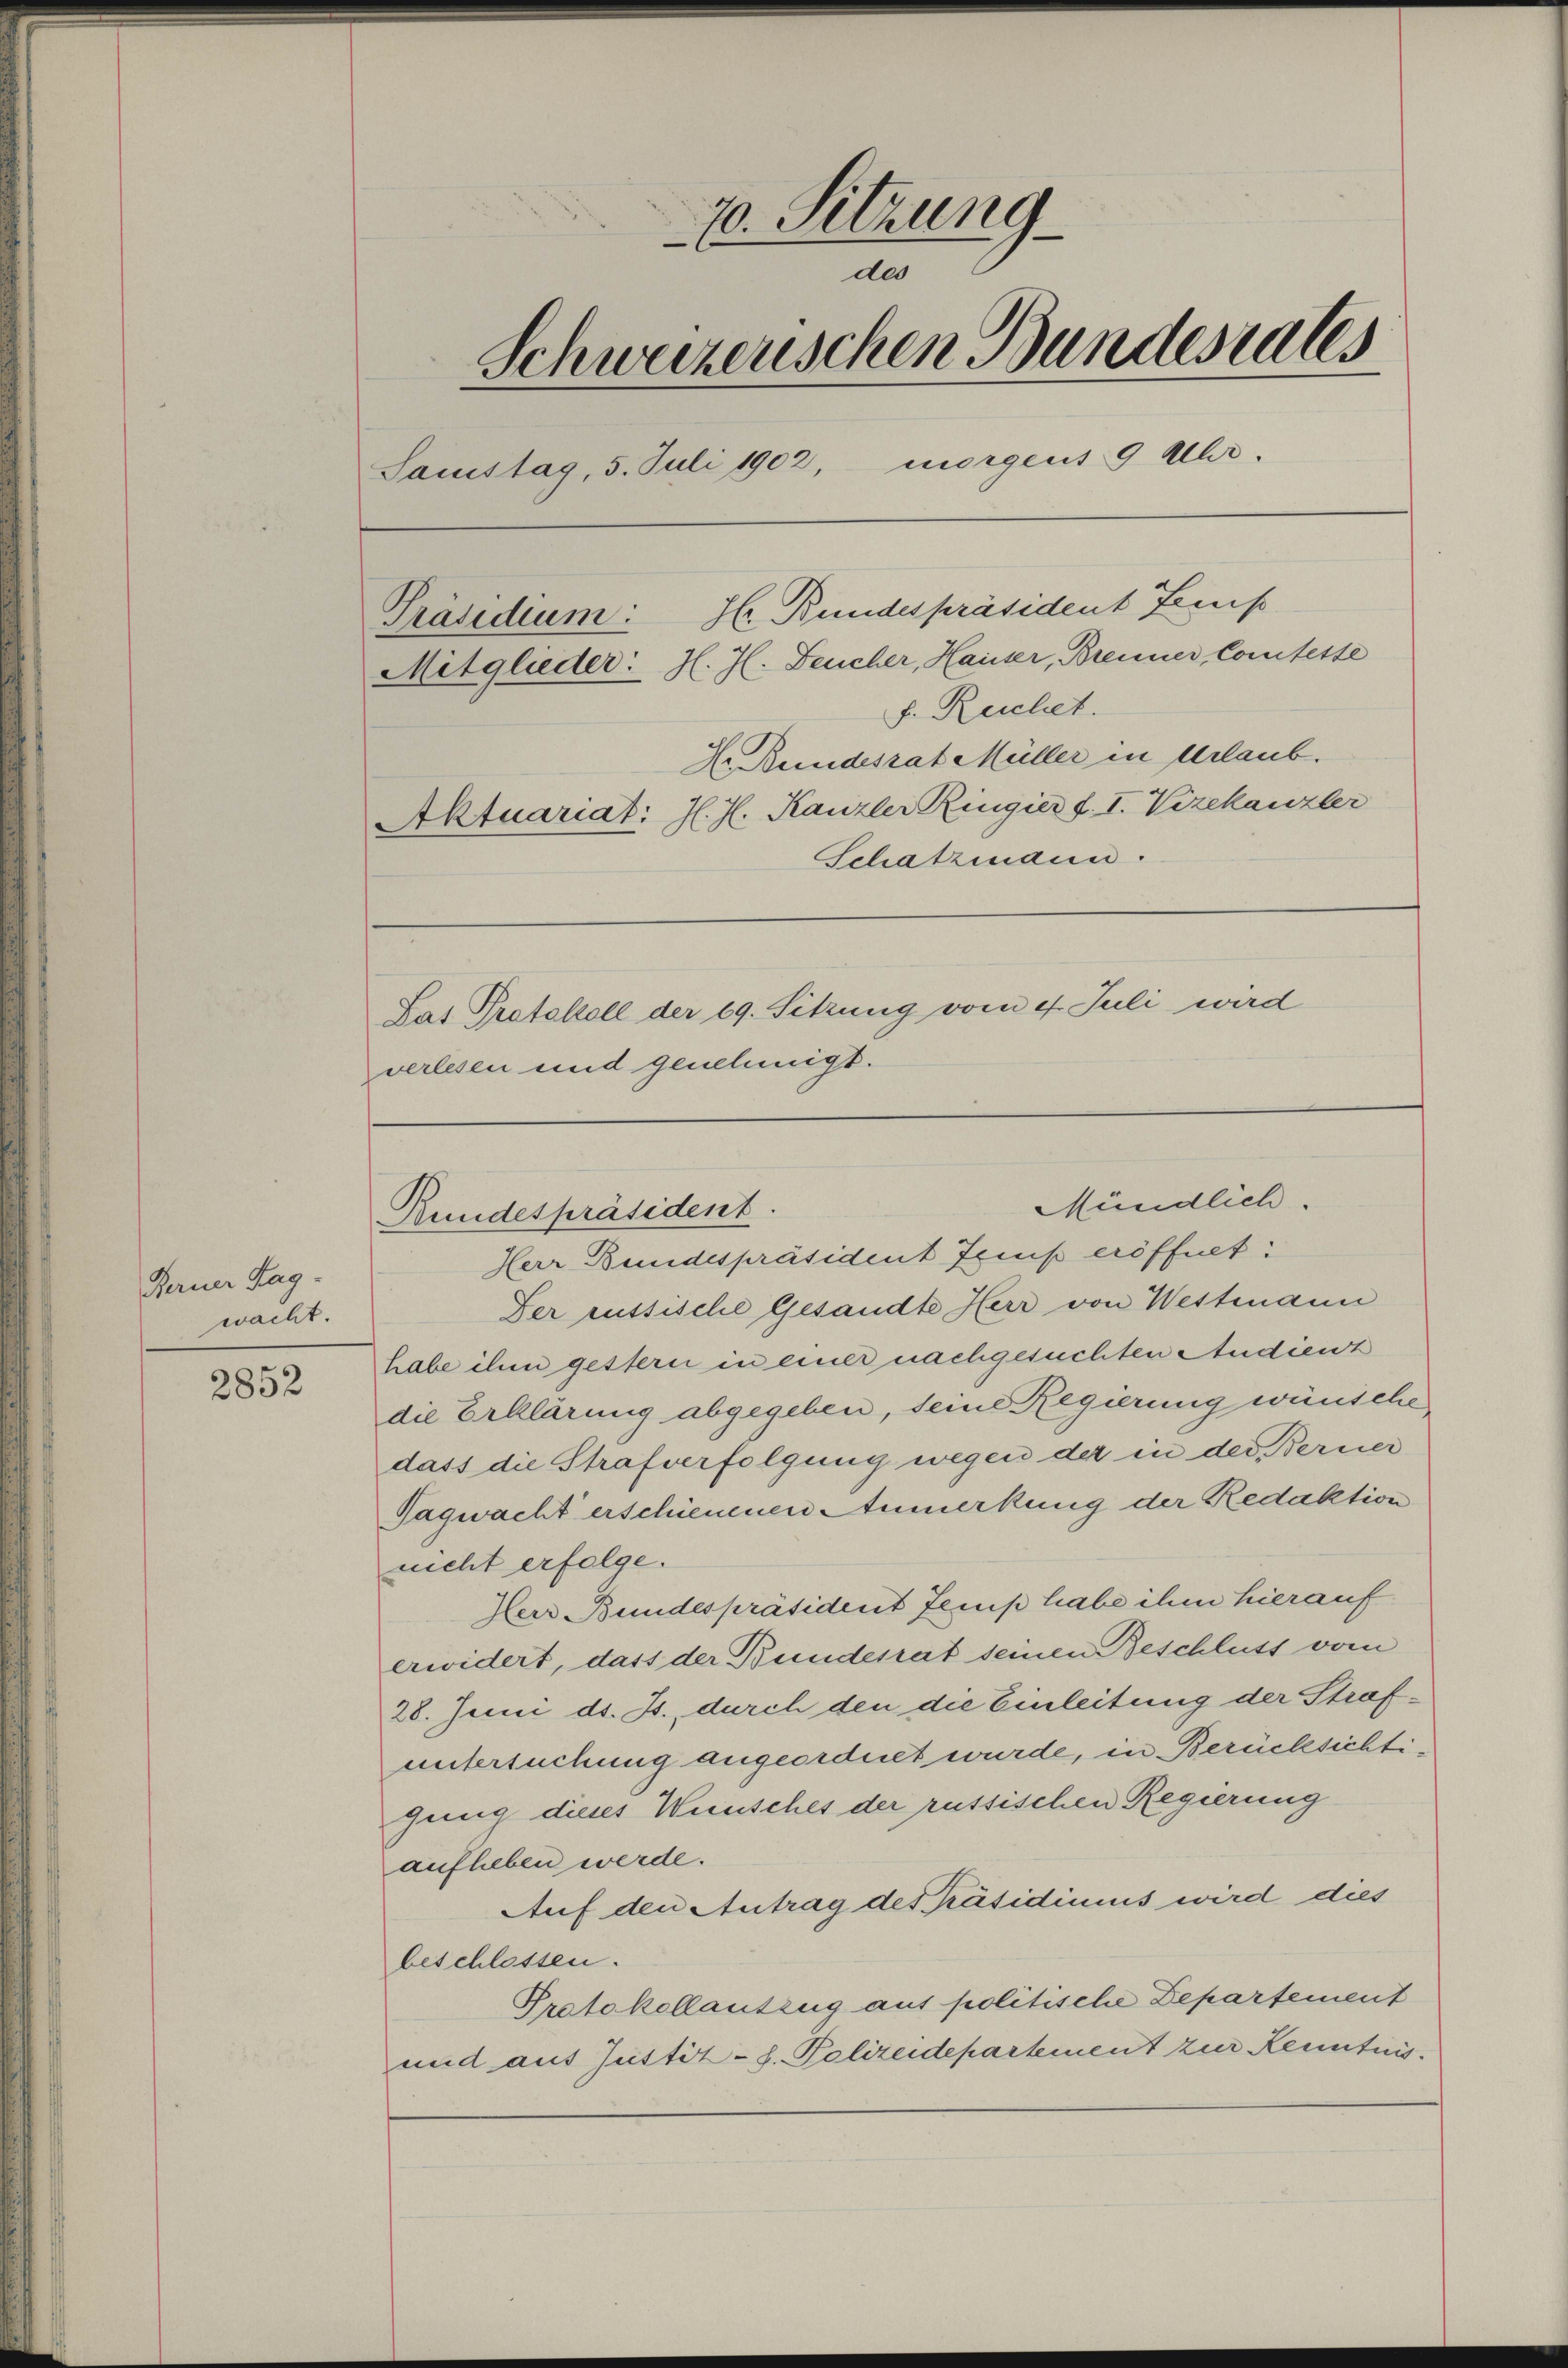
Ferner Tag-
wacht.

2852

7. Sitzung
des
Schweizerischen Bundesrates
Samstag, 5. Juli 1902, morgens 9 Uhr.
Präsidium: Hr. Bundespräsident Fens
Mitglieder: J. J. Feucher, Hauser, Brenner, Comteste
f. Reichet.
Hr. Bundesrat Müller in Urlaub.
Aktuariat: J. J. Kanzler Ringier f. I. Vizekanzler
Schatzmann.
Lat Protokoll der 69. Sitzung vom 4. Juli wird
verlesen und genehmigt.

Bundespräsident.

Herr Bundespräsident Jenis eröffnet:
Der russische Gesandte Herr von Westmann
habe ihm gestern in einer nachgesuchten Audient
die Erklärung abgegeben, seine Regierung wünsche,
dass die Strafverfolgung wegen der in der Ferner
Tagwacht erschienenen Anmerkung der Redaktion
nicht erfolge.
Herr Bundespräsident Jemp habe ihm hierauf
erwidert, dass der Bundesrat seinen Beschluss vom
28. Juni d. Js., durch den die Einleitung der Strafuntersuchung angeordnet wurde, in Berücksichtigung dieses Wunsches der russischen Regierung
aufheben werde.
Auf den Antrag des Präsidimus wird dies
beschlossen.
Protokollantzug aus politische Departement
und aus Justiz-S. Polizeidepartement zur Kenntnis

Mündlich.